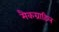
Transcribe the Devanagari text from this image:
मैकग्राहिल